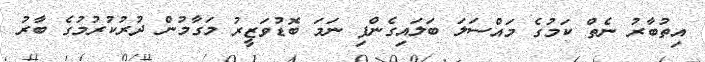
އިތުބާރު ނެތް ކަމުގެ މައްސަލަ ބަލައިގެންފި ނަމަ ބޮޑުވަޒީރު މަގާމުން ދުރުކުރުމުގެ ބާރު